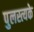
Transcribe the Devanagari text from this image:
पुलस्त्यके